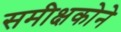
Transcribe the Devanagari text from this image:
समीक्षकोने